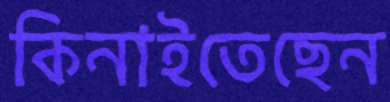
কিনাইতেছেন